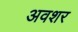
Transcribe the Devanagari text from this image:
अवशर